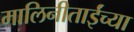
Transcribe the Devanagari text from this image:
मालिनीताईंच्या